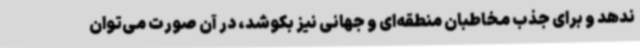
ندهد و برای جذب مخاطبان منطقه‌ای و جهانی نیز بکوشد، در آن صورت می‌توان